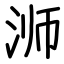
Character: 浉